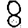
Digit: 8